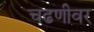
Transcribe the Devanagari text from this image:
चढणीवर